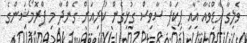
ވެލިގާ ހާޑްވެއާ އާއި ޕިކަޕް ސާވިސް ގުޅިގެން ކުރިއަށް ގެންދާ މި ޕްރޮމޯޝަންގެ